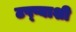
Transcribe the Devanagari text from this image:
टप्प्याशी